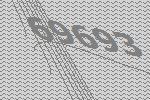
69693